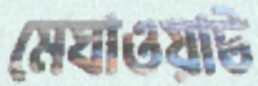
মেঘাওয়াট